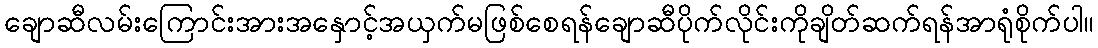
ချောဆီလမ်းကြောင်းအားအနှောင့်အယှက်မဖြစ်စေရန်ချောဆီပိုက်လိုင်းကိုချိတ်ဆက်ရန်အာရုံစိုက်ပါ။